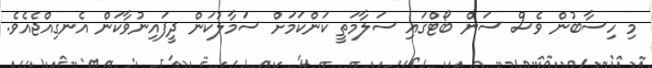
މި ހިސާބުން ވެސް ސަން ބޯޓްގައި ސަލާމަތީ ކަންކަމަށް ސަމާލުކަން ދީފައިނުވާކަން އެނގިއްޖެއެވެ.